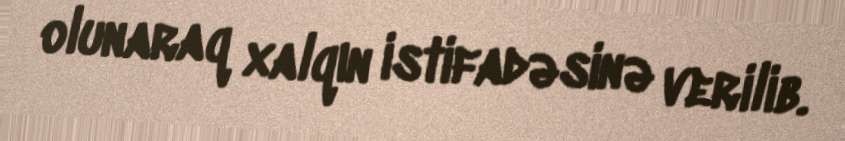
olunaraq xalqın istifadəsinə verilib.